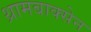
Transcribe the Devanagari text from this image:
थ्रामबाक्सेन